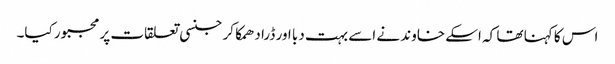
اس کا کہنا تھا کہ اسکے خاوند نے اسے بہت دبا اور ڈرا دھمکا کر جنسی تعلقات پر مجبور کیا۔